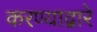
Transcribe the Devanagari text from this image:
करण्याद्वारे